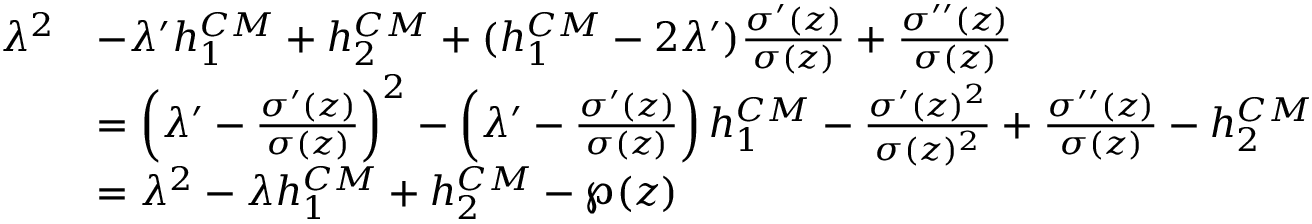
\begin{array} { r l } { { \lambda ^ { 2 } } } & { { - \lambda ^ { \prime } h _ { 1 } \sp { C M } + h _ { 2 } ^ { C M } + ( h _ { 1 } \sp { C M } - 2 \lambda ^ { \prime } ) { \frac { \sigma ^ { \prime } ( z ) } { \sigma ( z ) } } + { \frac { \sigma ^ { \prime \prime } ( z ) } { \sigma ( z ) } } } } \\ { { } } & { { = \left( \lambda ^ { \prime } - { \frac { \sigma ^ { \prime } ( z ) } { \sigma ( z ) } } \right) ^ { 2 } - \left( \lambda ^ { \prime } - { \frac { \sigma ^ { \prime } ( z ) } { \sigma ( z ) } } \right) h _ { 1 } \sp { C M } - { \frac { \sigma ^ { \prime } ( z ) ^ { 2 } } { \sigma ( z ) ^ { 2 } } } + { \frac { \sigma ^ { \prime \prime } ( z ) } { \sigma ( z ) } } - h _ { 2 } ^ { C M } } } \\ { { } } & { { = \lambda ^ { 2 } - \lambda h _ { 1 } \sp { C M } + h _ { 2 } ^ { C M } - \wp ( z ) } } \end{array}